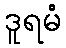
ဒူရမံ